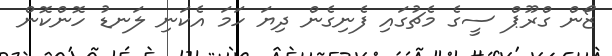
ޒޯން ގްރޫޕް ސީގެ މެޗުގައި ފެނިގެން ދިޔަ ހަމަ އެކަނި ލަނޑު ހޮންކޮން